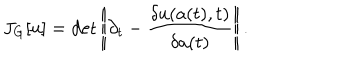
LaTeX: J _ { G } [ u ] = \det \left| \! \left| \partial _ { t } - \frac { \delta u ( a ( t ) , t ) } { \delta a ( t ) } \right| \! \right| .